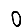
Digit: 0